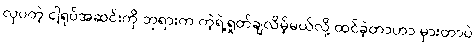
လှပတဲ့ ငါ့ရုပ်အဆင်းကို ဘုရားက ကဲ့ရဲ့ရှုတ်ချလိမ့်မယ်လို့ ထင်ခဲ့တာဟာ မှားတာပဲ